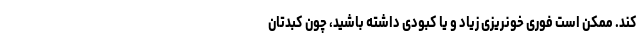
کند. ممکن است فوری خونریزی زیاد و یا کبودی داشته باشید، چون کبدتان